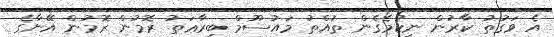
އެ ވަގުތު ކާރުން ނިކުމެގެން ތުއްތު މައުސޫމް ބިރާޢަތު ރޮމުން ރޮމުން އޭނާގެ